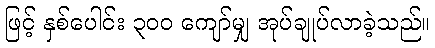
ဖြင့် နှစ်ပေါင်း ၃၀၀ ကျော်မျှ အုပ်ချုပ်လာခဲ့သည်။